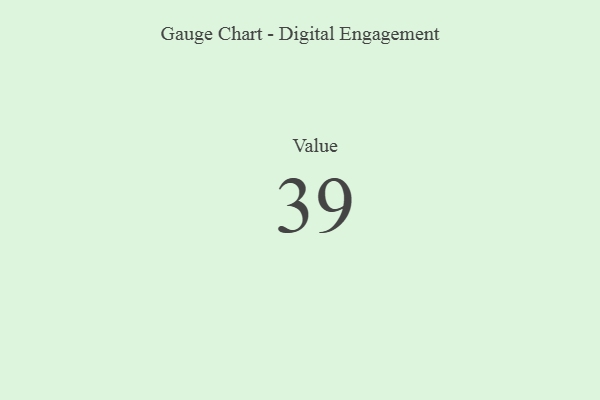
{"axis": {"x": "Metric", "y": "Value"}, "legend": [""], "data": [{"x": "Value", "y": 39, "type": ""}]}